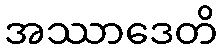
အဿာဒေတိ